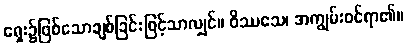
ရှေး၌ဖြစ်သောချစ်ခြင်းဖြင့်သာလျှင်။ ဝိဿသေ၊ အကျွမ်းဝင်ရာ၏။